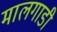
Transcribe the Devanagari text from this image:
मालगाडी